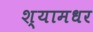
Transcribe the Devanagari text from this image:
श्यामधर